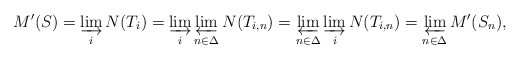
\begin{align*}M'(S) = \varinjlim_i N(T_i) = \varinjlim_i \varprojlim_{n\in\Delta} N(T_{i,n}) = \varprojlim_{n\in\Delta} \varinjlim_i N(T_{i,n}) = \varprojlim_{n\in\Delta} M'(S_n),\end{align*}